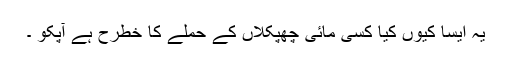
یہ ایسا کیوں کیا کسی مائی چھپکلاں کے حملے کا خطرح ہے آپکو ۔